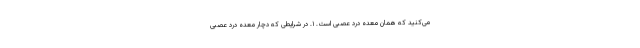
می‌کنید که همان معده درد عصبی است. ۱. در شرایطی که دچار معده درد عصبی